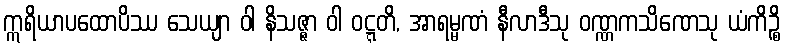
ဣရိယာပထောပိဿ သေယျာ ဝါ နိသဇ္ဇာ ဝါ ဝဋ္ဋတိ, အာရမ္မဏံ နီလာဒီသု ဝဏ္ဏကသိဏေသု ယံကိဉ္စိ